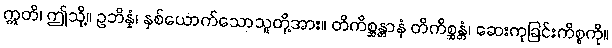
ဣတိ၊ ဤသို့။ ဥဘိန္နံ၊ နှစ်ယောက်သောသူတို့အား။ တိကိစ္ဆန္တာနံ တိကိစ္ဆန္တံ၊ ဆေးကုခြင်းကိစ္စကို။